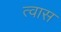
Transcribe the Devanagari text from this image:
त्वास